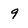
Character: 9